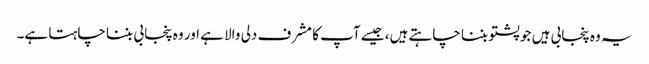
یہ وہ پنجابی ہیں جو پشتو بننا چاہتے ہیں، جیسے آپ کا مشرف دلی والا ہے اور وہ پنجابی بننا چاہتا ہے۔